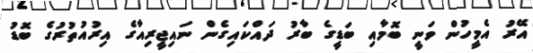
އޭރު އެމީހުން ވަނީ ބޮމާއި ބަޑީގެ ބާރު ދައްކައިގެން ނައިޖީރިއާގެ އިރުއުތުރުގެ ބޮޑު